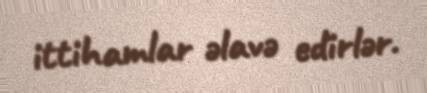
ittihamlar əlavə edirlər.